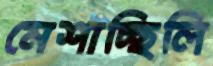
মেশাচ্ছিলি